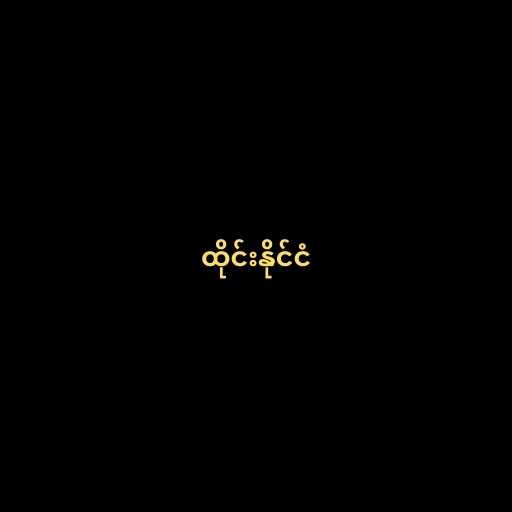
ထိုင်းနိုင်ငံ